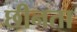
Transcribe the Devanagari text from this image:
छीनता